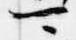
可